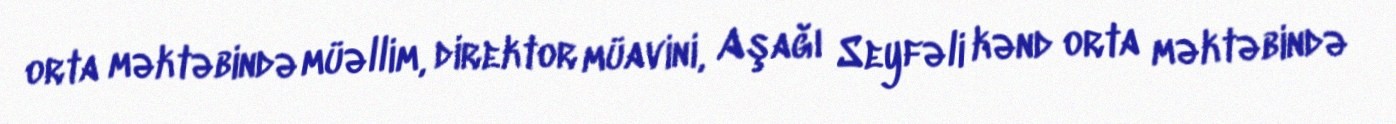
orta məktəbində müəllim, direktor müavini, Aşağı Seyfəli kənd orta məktəbində